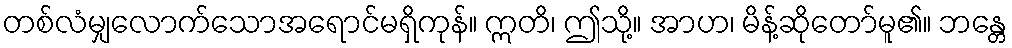
တစ်လံမျှလောက်သောအရောင်မရှိကုန်။ ဣတိ၊ ဤသို့။ အာဟ၊ မိန့်ဆိုတော်မူ၏။ ဘန္တေ